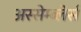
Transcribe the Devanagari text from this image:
अस्सेम्ब्लेर्स